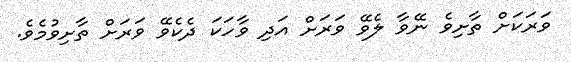
ވަރަކަށް ތާށިވެ ނޭވާ ލެވޭ ވަރަށް އަދި ވާހަކަ ދެކެވޭ ވަރަށް ތާށިވުމެވެ.